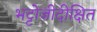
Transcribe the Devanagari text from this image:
भट्टोजीदीक्षित